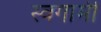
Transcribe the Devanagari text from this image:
स्वगामी